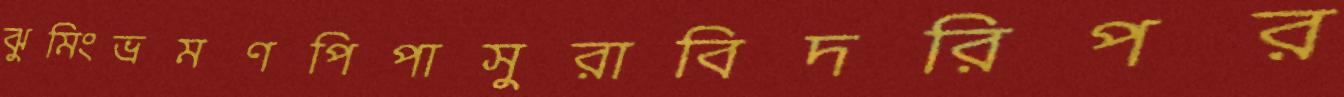
ঝুমিংভ্রমণপিপাসুরাবিদরিপর